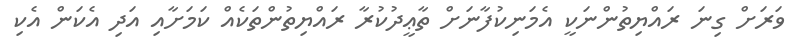
ވަރަށް ގިނަ ރައްޔިތުންނަކީ އެމަނިކުފާނަށް ތާޢީދުކުރާ ރައްޔިތުންތަކެއް ކަމަށާއި އަދި އެކަން އެކި